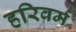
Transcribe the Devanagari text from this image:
हरिवर्म